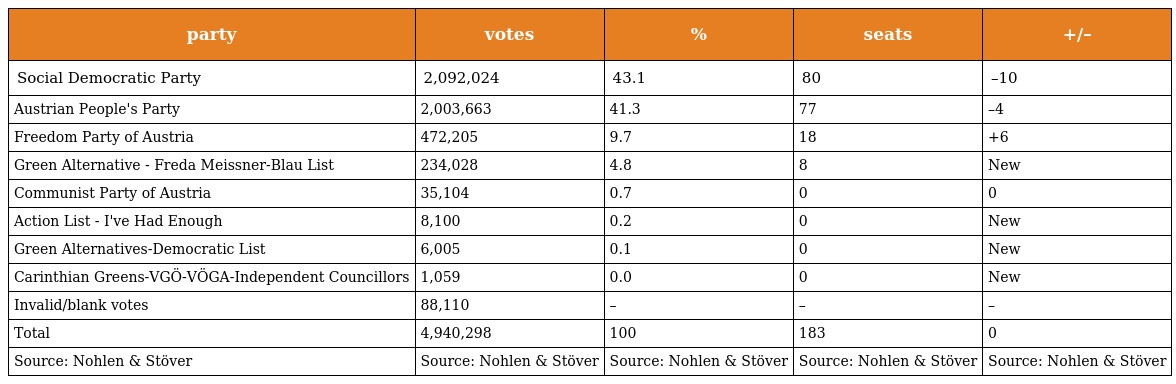
| party | votes | % | seats | +/– |
 | --- | --- | --- | --- | --- |
 | Social Democratic Party | 2,092,024 | 43.1 | 80 | –10 |
 | Austrian People's Party | 2,003,663 | 41.3 | 77 | –4 |
 | Freedom Party of Austria | 472,205 | 9.7 | 18 | +6 |
 | Green Alternative - Freda Meissner-Blau List | 234,028 | 4.8 | 8 | New |
 | Communist Party of Austria | 35,104 | 0.7 | 0 | 0 |
 | Action List - I've Had Enough | 8,100 | 0.2 | 0 | New |
 | Green Alternatives-Democratic List | 6,005 | 0.1 | 0 | New |
 | Carinthian Greens-VGÖ-VÖGA-Independent Councillors | 1,059 | 0.0 | 0 | New |
 | Invalid/blank votes | 88,110 | – | – | – |
 | Total | 4,940,298 | 100 | 183 | 0 |
 | Source: Nohlen & Stöver | Source: Nohlen & Stöver | Source: Nohlen & Stöver | Source: Nohlen & Stöver | Source: Nohlen & Stöver |